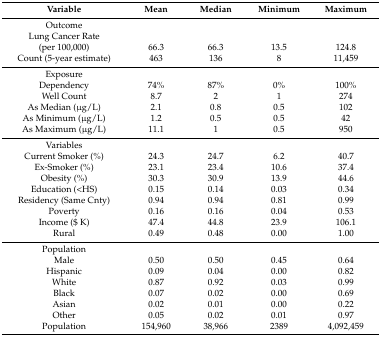
<table><thead><tr><td><b>Variable</b></td><td><b>Mean</b></td><td><b>Median</b></td><td><b>Minimum</b></td><td><b>Maximum</b></td></tr></thead><tbody><tr><td>Outcome</td><td></td><td></td><td></td><td></td></tr><tr><td>Lung Cancer Rate</td><td></td><td></td><td></td><td></td></tr><tr><td>(per 100,000)</td><td>66.3</td><td>66.3</td><td>13.5</td><td>124.8</td></tr><tr><td>Count (5-year estimate)</td><td>463</td><td>136</td><td>8</td><td>11,459</td></tr><tr><td>Exposure</td><td></td><td></td><td></td><td></td></tr><tr><td>Dependency</td><td>74%</td><td>87%</td><td>0%</td><td>100%</td></tr><tr><td>Well Count</td><td>8.7</td><td>2</td><td>1</td><td>274</td></tr><tr><td>As Median (μg/L)</td><td>2.1</td><td>0.8</td><td>0.5</td><td>102</td></tr><tr><td>As Minimum (μg/L)</td><td>1.2</td><td>0.5</td><td>0.5</td><td>42</td></tr><tr><td>As Maximum (μg/L)</td><td>11.1</td><td>1</td><td>0.5</td><td>950</td></tr><tr><td>Variables</td><td></td><td></td><td></td><td></td></tr><tr><td>Current Smoker (%)</td><td>24.3</td><td>24.7</td><td>6.2</td><td>40.7</td></tr><tr><td>Ex-Smoker (%)</td><td>23.1</td><td>23.4</td><td>10.6</td><td>37.4</td></tr><tr><td>Obesity (%)</td><td>30.3</td><td>30.9</td><td>13.9</td><td>44.6</td></tr><tr><td>Education (&lt;HS)</td><td>0.15</td><td>0.14</td><td>0.03</td><td>0.34</td></tr><tr><td>Residency (Same Cnty)</td><td>0.94</td><td>0.94</td><td>0.81</td><td>0.99</td></tr><tr><td>Poverty</td><td>0.16</td><td>0.16</td><td>0.04</td><td>0.53</td></tr><tr><td>Income ($ K) </td><td>47.4</td><td>44.8</td><td>23.9</td><td>106.1</td></tr><tr><td>Rural</td><td>0.49</td><td>0.48</td><td>0.00</td><td>1.00</td></tr><tr><td>Population</td><td></td><td></td><td></td><td></td></tr><tr><td>Male</td><td>0.50</td><td>0.50</td><td>0.45</td><td>0.64</td></tr><tr><td>Hispanic</td><td>0.09</td><td>0.04</td><td>0.00</td><td>0.82</td></tr><tr><td>White</td><td>0.87</td><td>0.92</td><td>0.03</td><td>0.99</td></tr><tr><td>Black</td><td>0.07</td><td>0.02</td><td>0.00</td><td>0.69</td></tr><tr><td>Asian</td><td>0.02</td><td>0.01</td><td>0.00</td><td>0.22</td></tr><tr><td>Other</td><td>0.05</td><td>0.02</td><td>0.01</td><td>0.97</td></tr><tr><td>Population</td><td>154,960</td><td>38,966</td><td>2389</td><td>4,092,459</td></tr></tbody></table>